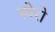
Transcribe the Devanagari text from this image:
स्पेरो